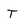
Character: T